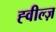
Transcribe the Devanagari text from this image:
ह्वील्ज़